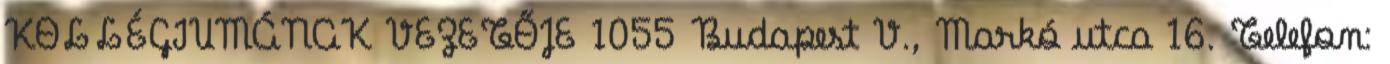
KOLLÉGIUMÁNAK VEZETŐJE 1055 Budapest V., Markó utca 16. Telefon: